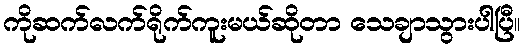
ကိုဆက်လက်ရိုက်ကူးမယ်ဆိုတာ သေချာသွားပါပြီ။